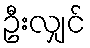
ဦးလျှင်